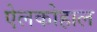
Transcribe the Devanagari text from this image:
ऐलकोहाल